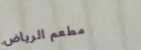
مطعم الرياض